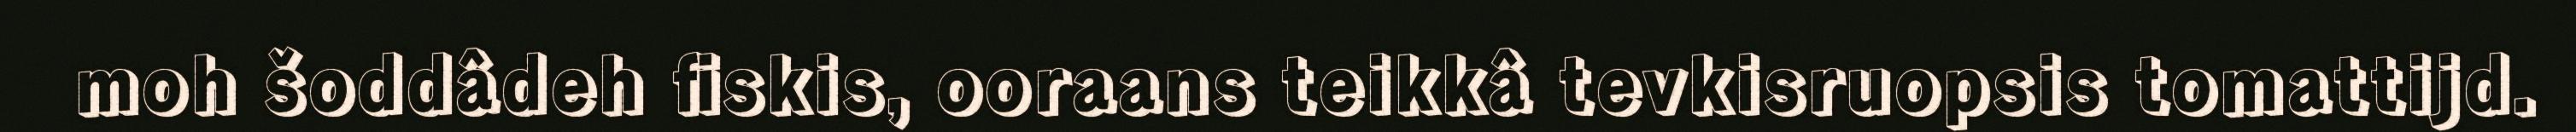
moh šoddâdeh fiskis, ooraans teikkâ tevkisruopsis tomattijd.